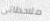
ملاحظاتي